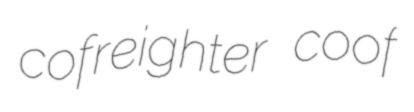
cofreighter coof